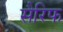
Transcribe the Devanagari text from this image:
सैरिफ